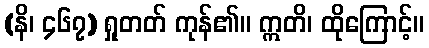
(နိ၊ ၄၆၇) ရှုတတ် ကုန်၏။ ဣတိ၊ ထိုကြောင့်။